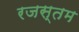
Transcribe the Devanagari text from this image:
रजस्तम